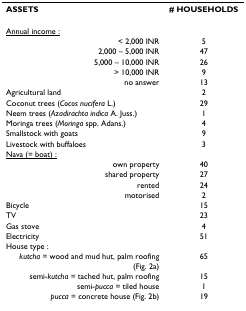
| ASSETS | # HOUSEHOLDS |
 | --- | --- |
 | <COLSPAN=2> <underline>Annual income :</underline> |
 | < 2,000 INR | 5 |
 | 2,000 – 5,000 INR | 47 |
 | 5,000 – 10,000 INR | 26 |
 | > 10,000 INR | 9 |
 | no answer | 13 |
 | Agricultural land | 2 |
 | Coconut trees (Cocos nucifera L.) | 29 |
 | Neem trees (Azadirachta indica A. Juss.) | 1 |
 | Moringa trees (Moringa spp. Adans.) | 4 |
 | Smallstock with goats | 9 |
 | Livestock with buffaloes | 3 |
 | <COLSPAN=2> <underline>Nava (= boat) :</underline> |
 | own property | 40 |
 | shared property | 27 |
 | rented | 24 |
 | motorised | 2 |
 | Bicycle | 15 |
 | TV | 23 |
 | Gas stove | 4 |
 | Electricity | 51 |
 | House type : |  |
 | kutcha = wood and mud hut, palm roofing (Fig. 2a) | 65 |
 | semi-kutcha = tached hut, palm roofing | 15 |
 | semi-pucca = tiled house | 1 |
 | pucca = concrete house (Fig. 2b) | 19 |